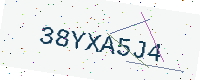
Text: 38YXA5J4